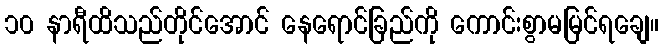
၁၀ နာရီထိသည်တိုင်အောင် နေရောင်ခြည်ကို ကောင်းစွာမမြင်ရချေ။